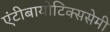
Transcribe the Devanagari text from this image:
एंटीबायोटिक्ससेमी